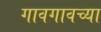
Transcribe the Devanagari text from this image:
गावगावच्या